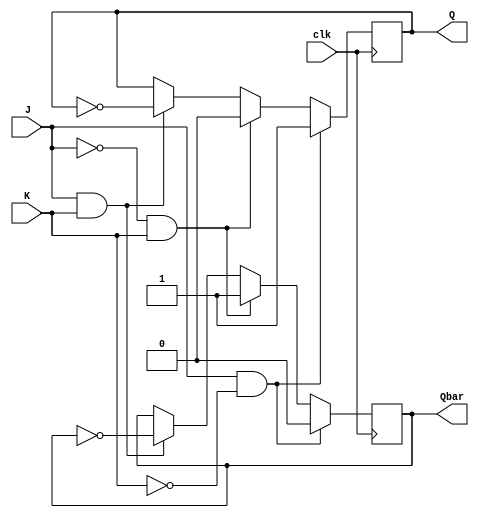
module jk_flip_flop (
    input J, // set input
    input K, // reset input
    input clk, // clock input
    output reg Q, // output
    output reg Qbar // complement of Q
);

// Sequential Logic Block
always @(posedge clk)
begin
    if(J == 1 && K == 0)
    begin
        Q <= 1;
        Qbar <= 0;
    end
    else if(J == 0 && K == 1)
    begin
        Q <= 0;
        Qbar <= 1;
    end
    else if(J == 1 && K == 1)
    begin
        Q <= ~Q;
        Qbar <= ~Qbar;
    end
    else if(J == 0 && K == 0)
    begin
        // Maintain current state
    end
end

endmodule